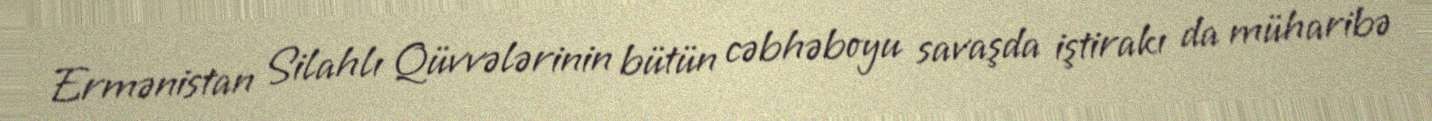
Ermənistan Silahlı Qüvvələrinin bütün cəbhəboyu savaşda iştirakı da müharibə